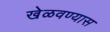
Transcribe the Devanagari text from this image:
खेळवण्यास